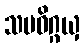
သမဓိဂ္ဂယှ